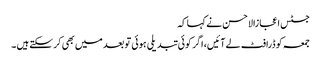
جسٹس اعجازالاحسن نے کہا کہ
جمعہ کو ڈرافٹ لے آئیں، اگر کوئی تبدیلی ہوئی تو بعد میں بھی کر سکتے ہیں ۔